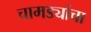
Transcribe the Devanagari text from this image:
चामड्यांचा